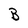
Character: B